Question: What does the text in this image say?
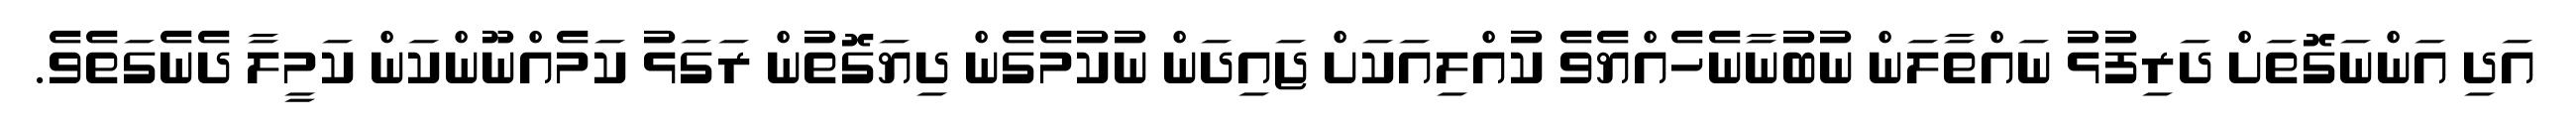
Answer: އަދި އަންނަގޮތަށް ދަރިފުޅު ނައްތާލަން ނުބުނާނެހެއްޔެވެ ކުއްލިއަކަށް ޖައިދަން ނުކުމެގެން ދިޔަގޮތުން ރަގަޅު ކަމެއްނޫންކަން ކަމީލާ ދެނެގަތެވެ.